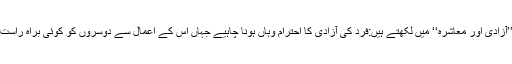
اسی سلسلے میں برٹرینڈرسل اپنے مضمون ’’آزادی اور معاشرہ‘‘ میں لکھتے ہیں:فرد کی آزادی کا احترام وہاں ہونا چاہیے جہاں اُس کے اعمال سے دوسروں کو کوئی براہِ راست واضح اور غیر مشکوک نقصان نہیں پہنچتا۔